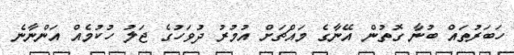
ހަބަރުތައް ބުނާ ގޮތުން އޭނާގެ މައްޗަށް އުމުރު ދުވަހުގެ ޖަލު ހުކުމެއް އަންނާނެ